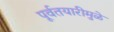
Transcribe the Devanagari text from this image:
पूर्वतयारीमुळे